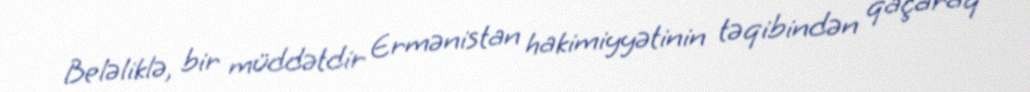
Beləliklə, bir müddətdir Ermənistan hakimiyyətinin təqibindən qaçaraq